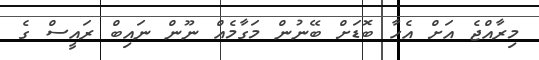
މިރާއްޖެ އަށް އެހާ ބޮޑަށް ބޭނުން މަގާމެއް ނޫން ނައިބް ރައީސް ގެ